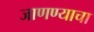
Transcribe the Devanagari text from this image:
जाणण्याचा